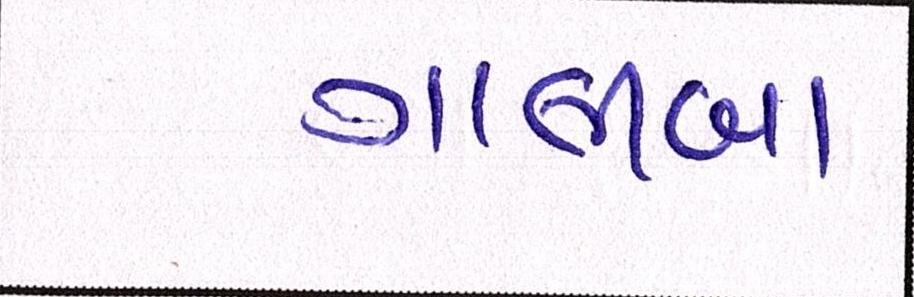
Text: ગાલીબા